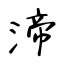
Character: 渧